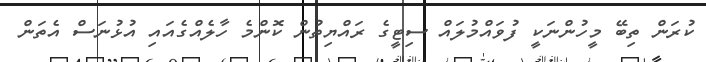
ކުރަން ތިބޭ މީހުންނަކީ ފުވައްމުލައް ސިޓީގެ ރައްޔިތުން ކޮންމެ ހާލެއްގެއައި އުޅުނަސް އެތަން